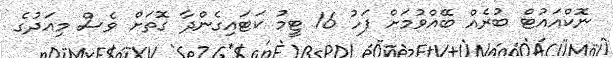
ނޮކްއައުޓް ބުރެއް ބޭއްވުމަށް ފަހު 16 ޓީމު ކަޓައިގެންދާ ގޮތަށް ވެސް މިއަދުގެ